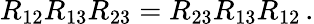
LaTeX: R_{12}R_{13}R_{23}=R_{23}R_{13}R_{12}\, .